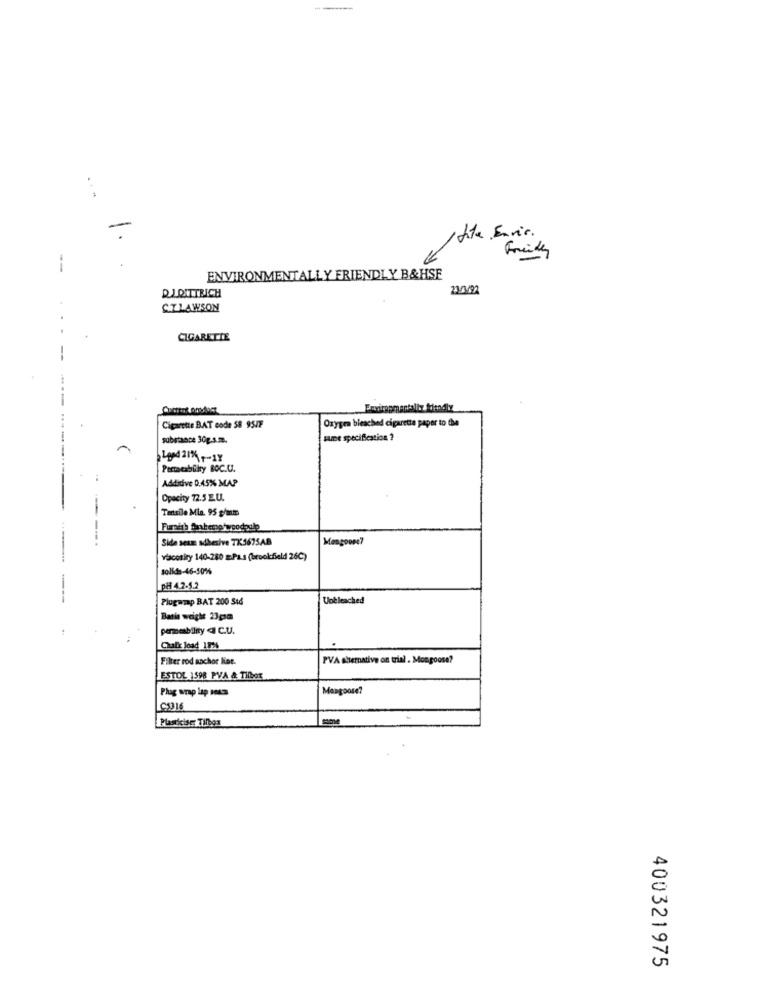
...
tite Envie.
ENVIRONMENTALLY FRIENDLY B&HSE
23/3692
DJDITTRICH
C.TLAWSON
CIGARETTE
Cigarette BAT code 58 95/F
Oxygen bleached cigarette paper to the
substance 30g.s.e.
summe specification ?
Permeability BOC.U.
Additive 0.45% MAP
Opacity 72.5 E.U.
Tensile Mia. 95 g/mm
----
Furnish Sheno woodpulp
Side seam adhesive TK5675AB
Mongoose?
vacotiry 140-280 m.Pa.s (brookfield 26℃)
solids-46-50%
p# 4.2.5.2
---
Plugwmap BAT 200 S46
Unbleached
Batle weight 23gsm
permeabilny @ C.U.
Chair load 1926
Filter rod nochor Ket.
PVA alternative on trial. Mongoose?
ESTOL 1598 PVA & Tilbox
Phag wrap lap sous
Mongoose?
C3316
Plasticiser Tilbos
400321975